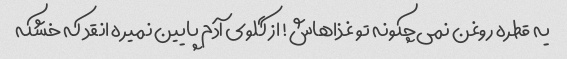
یه قطره روغن نمی‌چکونه تو غذاهاش! از گلوی آدم پایین نمیره انقد که خشکه